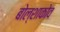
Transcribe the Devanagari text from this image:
बोल्शाकोव